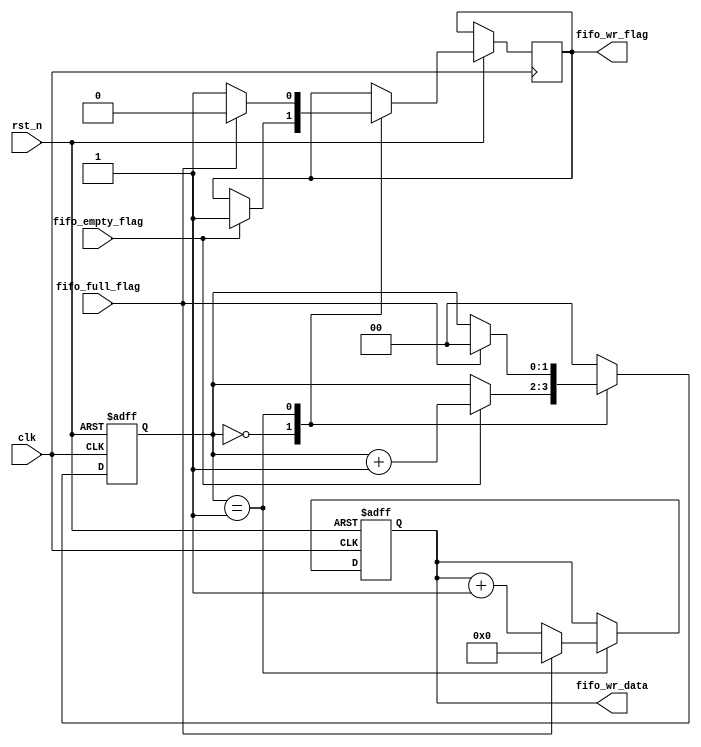
module fifo_wr(

    input  clk,
    input  rst_n,
    
   
    input fifo_empty_flag,
    input fifo_full_flag,
    output reg fifo_wr_flag,
    output reg [7 : 0]fifo_wr_data
);

reg [1 : 0]wr_cnt ;


always @(posedge clk or negedge rst_n)begin

   if(!rst_n)begin
   wr_cnt <= 2'd0;
   fifo_wr_data <= 8'd0;
   end
   else begin
       case(wr_cnt)
       2'd0: begin   //fifo
          if(fifo_empty_flag)begin
             fifo_wr_flag <= 1'd1;
             wr_cnt <= wr_cnt + 1'd1;
          end
          else
             wr_cnt <= wr_cnt;
        end
        2'd1: begin
            if(fifo_full_flag)begin
              fifo_wr_data <= 8'd0;
              fifo_wr_flag <= 1'd0;
              wr_cnt <= 2'd0;
           end
           else begin
            fifo_wr_flag <= 1'd1;
            fifo_wr_data <= fifo_wr_data + 1'd1;
            end
       end
       
       default:
          wr_cnt <= 2'd0;
      endcase
    
   end


end

endmodule